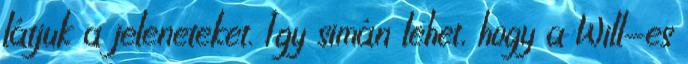
látjuk a jeleneteket. Így simán lehet, hogy a Will-es